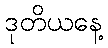
ဒုတိယနေ့